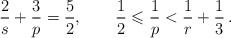
LaTeX: \begin{align*}\frac{2}{s}+\frac{3}{p}=\frac{5}{2},\qquad\frac{1}{2}\leqslant\frac{1}{p}<\frac{1}{r}+\frac{1}{3}\,.\end{align*}